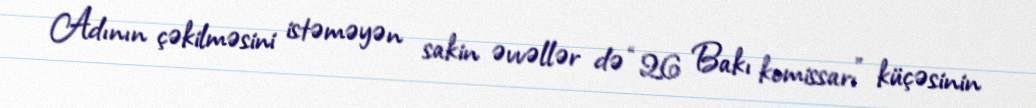
Adının çəkilməsini istəməyən sakin əvvəllər də “26 Bakı komissarı” küçəsinin